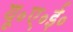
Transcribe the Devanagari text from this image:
यू॰ए॰ई॰